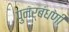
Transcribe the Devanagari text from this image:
पुनर्बंधणी